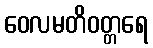
ဝေလမတိဝတ္တရေ